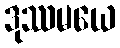
ဒုဿမယေ